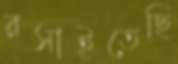
রসাইতেছি